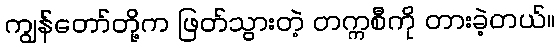
ကျွန်တော်တို့က ဖြတ်သွားတဲ့ တက္ကစီကို တားခဲ့တယ်။